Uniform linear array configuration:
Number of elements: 16
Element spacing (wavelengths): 1
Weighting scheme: cosine
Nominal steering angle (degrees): -15
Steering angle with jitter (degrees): -13.718
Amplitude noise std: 0.05
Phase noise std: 0.05

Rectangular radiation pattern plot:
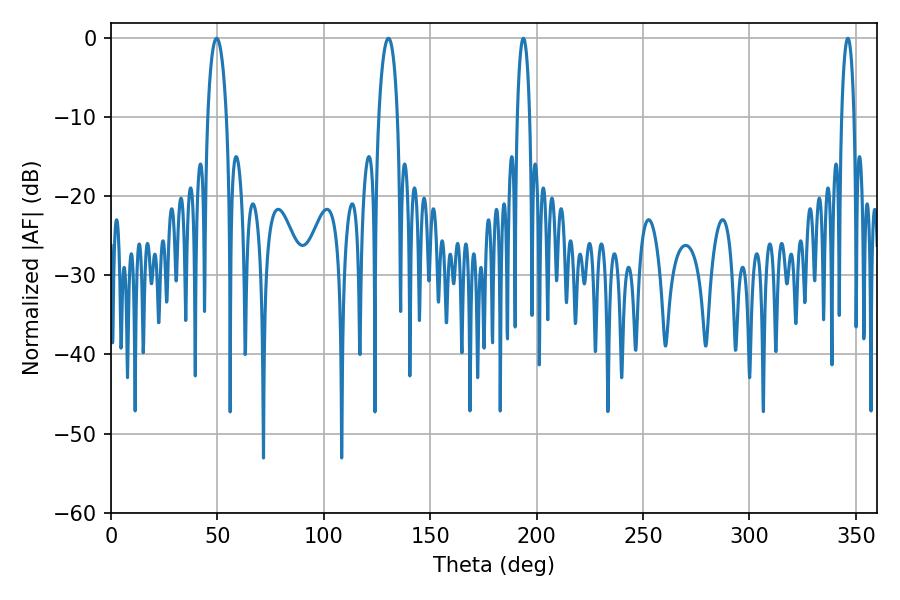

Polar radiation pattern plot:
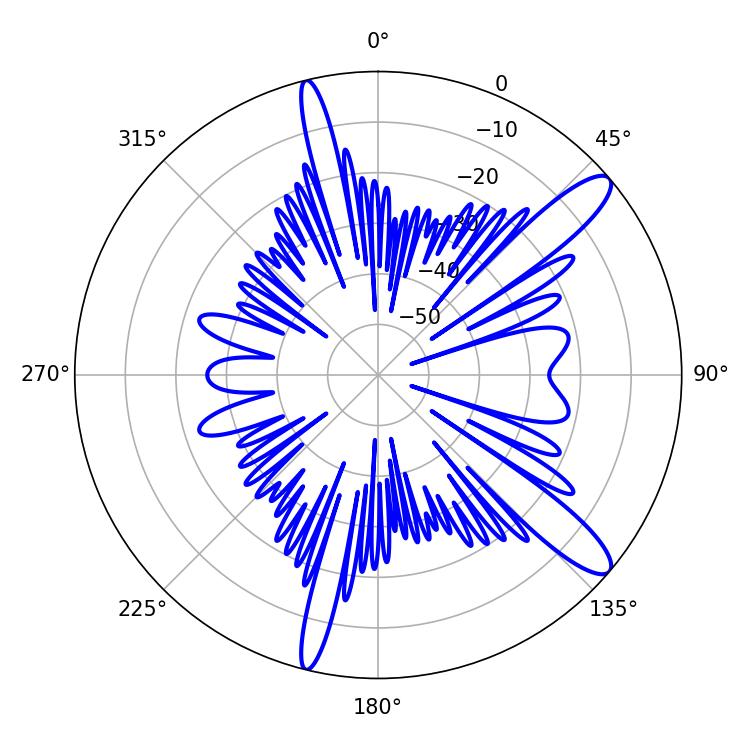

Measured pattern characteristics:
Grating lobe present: TRUE
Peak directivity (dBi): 12.315
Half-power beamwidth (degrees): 5.04
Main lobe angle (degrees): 49.68